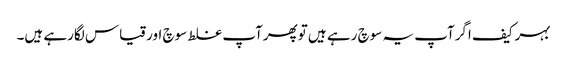
بہرکیف اگرآپ یہ سوچ رہے ہیں توپھرآپ غلط سوچ اورقیاس لگارہے ہیں۔